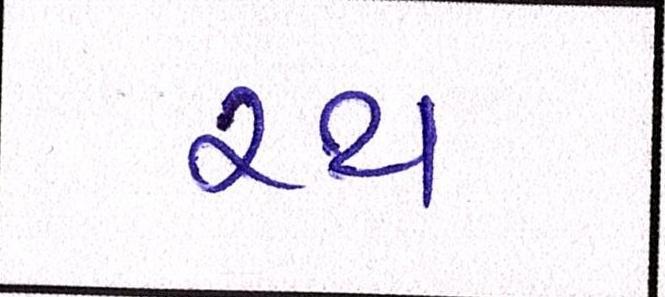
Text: રથ